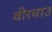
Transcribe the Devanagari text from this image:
वीरचाउ